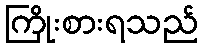
ကြိုးစားရသည်